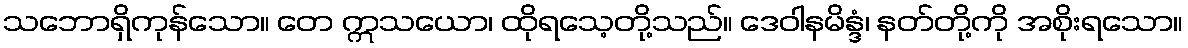
သဘောရှိကုန်သော။ တေ ဣသယော၊ ထိုရသေ့တို့သည်။ ဒေဝါနမိန္ဒံ၊ နတ်တို့ကို အစိုးရသော။